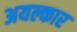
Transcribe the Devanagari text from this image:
अयल्कार